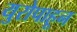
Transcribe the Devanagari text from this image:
युरोपाहून